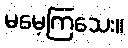
မမေ့ကြသေး။